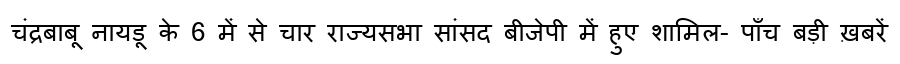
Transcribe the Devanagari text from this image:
चंद्रबाबू नायडू के 6 में से चार राज्यसभा सांसद बीजेपी में हुए शामिल- पाँच बड़ी ख़बरें